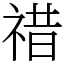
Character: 䄍